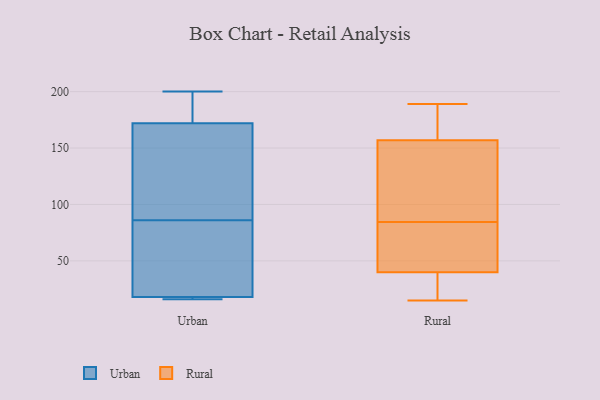
{"axis": {"x": "LTV (USD)", "y": "Value"}, "legend": ["Rural", "Urban"], "data": [{"x": "", "y": 72, "type": "Urban"}, {"x": "", "y": 153, "type": "Urban"}, {"x": "", "y": 72, "type": "Urban"}, {"x": "", "y": 100, "type": "Urban"}, {"x": "", "y": 109, "type": "Urban"}, {"x": "", "y": 18, "type": "Urban"}, {"x": "", "y": 200, "type": "Urban"}, {"x": "", "y": 17, "type": "Urban"}, {"x": "", "y": 183, "type": "Urban"}, {"x": "", "y": 172, "type": "Urban"}, {"x": "", "y": 16, "type": "Urban"}, {"x": "", "y": 38, "type": "Urban"}, {"x": "", "y": 185, "type": "Urban"}, {"x": "", "y": 16, "type": "Urban"}, {"x": "", "y": 80, "type": "Rural"}, {"x": "", "y": 40, "type": "Rural"}, {"x": "", "y": 98, "type": "Rural"}, {"x": "", "y": 89, "type": "Rural"}, {"x": "", "y": 77, "type": "Rural"}, {"x": "", "y": 157, "type": "Rural"}, {"x": "", "y": 15, "type": "Rural"}, {"x": "", "y": 189, "type": "Rural"}, {"x": "", "y": 164, "type": "Rural"}, {"x": "", "y": 39, "type": "Rural"}]}